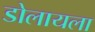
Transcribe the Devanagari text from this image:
डोलायला